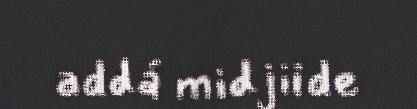
addá midjiide